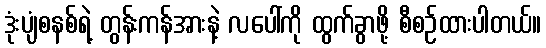
ဒုံးပျံစနစ်ရဲ့ တွန်းကန်အားနဲ့ လပေါ်ကို ထွက်ခွာဖို့ စီစဉ်ထားပါတယ်။